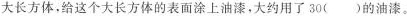
大长方体，给这个大长方体的表面涂上油漆，大约用了30( )的油漆。